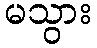
မသွား